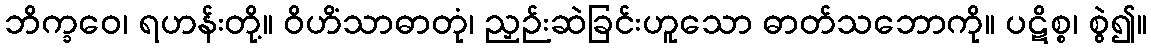
ဘိက္ခဝေ၊ ရဟန်းတို့။ ဝိဟိံသာဓာတုံ၊ ညှဉ်းဆဲခြင်းဟူသော ဓာတ်သဘောကို။ ပဋိစ္စ၊ စွဲ၍။